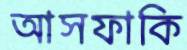
আসফাকি